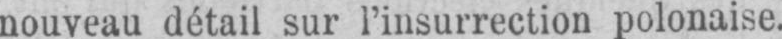
nouveau détail sur l’insurrection polonaise.